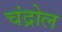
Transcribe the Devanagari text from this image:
चंद्रोल